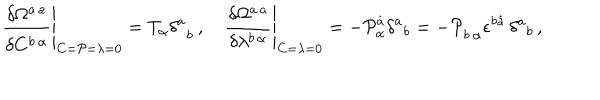
{ \left. \frac { \delta \Omega ^ { \dot { a } \, a } } { \delta C ^ { \dot { b } \, \alpha } } \right\vert } _ { C = { \cal P } = \lambda = 0 } = T _ { \alpha } \delta ^ { \dot { a } } { } _ { \dot { b } } \, , \quad { \left. \frac { \delta \Omega ^ { \dot { a } \, a } } { \delta \lambda ^ { b \, \alpha } } \right\vert } _ { C = \lambda = 0 } = - { \cal P } _ { \alpha } ^ { \dot { a } } \delta ^ { a } { } _ { b } = - { \cal P } _ { \dot { b } \, \alpha } \epsilon ^ { \dot { b } \dot { a } } \, \delta ^ { a } { } _ { b } \, ,